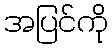
အပြင်ကို